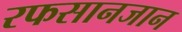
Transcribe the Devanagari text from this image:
रफसानजान